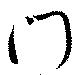
門